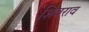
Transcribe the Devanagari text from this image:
शिवराव